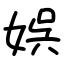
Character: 娯